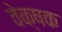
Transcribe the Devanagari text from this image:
वेक्षक